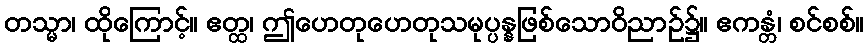
တသ္မာ၊ ထိုကြောင့်။ ဧတ္ထ၊ ဤဟေတုဟေတုသမုပ္ပန္နဖြစ်သောဝိညာဉ်၌။ ဧကန္တံ၊ စင်စစ်။